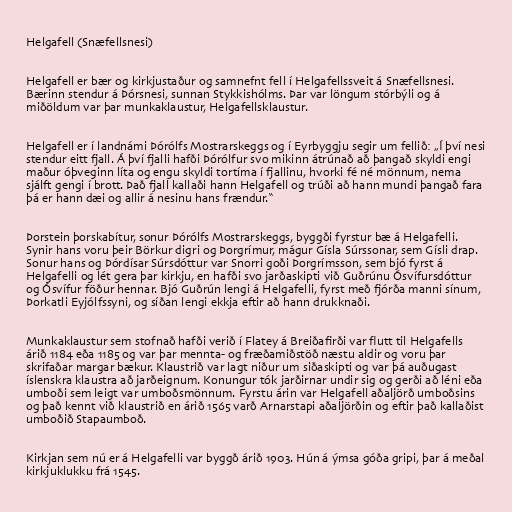
Helgafell (Snæfellsnesi)

Helgafell er bær og kirkjustaður og samnefnt fell í Helgafellssveit á Snæfellsnesi.
Bærinn stendur á Þórsnesi, sunnan Stykkishólms. Þar var löngum stórbýli og á
miðöldum var þar munkaklaustur, Helgafellsklaustur.

Helgafell er í landnámi Þórólfs Mostrarskeggs og í Eyrbyggju segir um fellið: „Í því nesi
stendur eitt fjall. Á því fjalli hafði Þórólfur svo mikinn átrúnað að þangað skyldi engi
maður óþveginn líta og engu skyldi tortíma í fjallinu, hvorki fé né mönnum, nema
sjálft gengi í brott. Það fjall kallaði hann Helgafell og trúði að hann mundi þangað fara
þá er hann dæi og allir á nesinu hans frændur.“

Þorstein þorskabítur, sonur Þórólfs Mostrarskeggs, byggði fyrstur bæ á Helgafelli.
Synir hans voru þeir Börkur digri og Þorgrímur, mágur Gísla Súrssonar, sem Gísli drap.
Sonur hans og Þórdísar Súrsdóttur var Snorri goði Þorgrímsson, sem bjó fyrst á
Helgafelli og lét gera þar kirkju, en hafði svo jarðaskipti við Guðrúnu Ósvífursdóttur
og Ósvífur föður hennar. Bjó Guðrún lengi á Helgafelli, fyrst með fjórða manni sínum,
Þorkatli Eyjólfssyni, og síðan lengi ekkja eftir að hann drukknaði.

Munkaklaustur sem stofnað hafði verið í Flatey á Breiðafirði var flutt til Helgafells
árið 1184 eða 1185 og var þar mennta- og fræðamiðstöð næstu aldir og voru þar
skrifaðar margar bækur. Klaustrið var lagt niður um siðaskipti og var þá auðugast
íslenskra klaustra að jarðeignum. Konungur tók jarðirnar undir sig og gerði að léni eða
umboði sem leigt var umboðsmönnum. Fyrstu árin var Helgafell aðaljörð umboðsins
og það kennt við klaustrið en árið 1565 varð Arnarstapi aðaljörðin og eftir það kallaðist
umboðið Stapaumboð.

Kirkjan sem nú er á Helgafelli var byggð árið 1903. Hún á ýmsa góða gripi, þar á meðal
kirkjuklukku frá 1545.